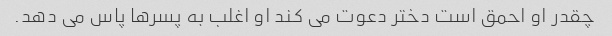
چقدر او احمق است دختر دعوت می کند او اغلب به پسرها پاس می دهد.